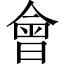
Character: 會